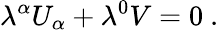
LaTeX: \lambda^{\alpha}U_{\alpha}+\lambda^{0}V=0\ .